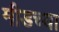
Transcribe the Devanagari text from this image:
मीडच्या